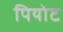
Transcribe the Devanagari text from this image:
पियोट